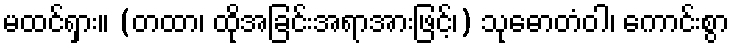
မထင်ရှား။ (တထာ၊ ထိုအခြင်းအရာအားဖြင့်၊) သုဓောတံဝါ၊ ကောင်းစွာ